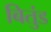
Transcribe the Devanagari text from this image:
बितुंड